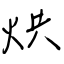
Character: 烘